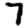
Digit: 7